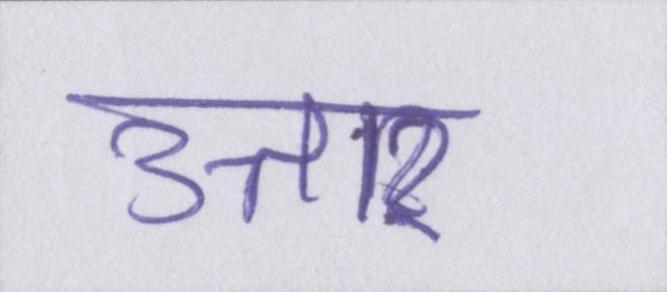
उत्तार